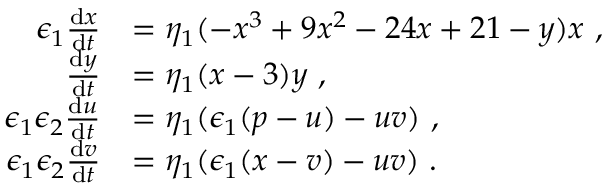
\begin{array} { r l } { \epsilon _ { 1 } \frac { \mathrm { d } x } { \mathrm { d } t } } & { = \eta _ { 1 } ( - x ^ { 3 } + 9 x ^ { 2 } - 2 4 x + 2 1 - y ) x \ , } \\ { \frac { \mathrm { d } y } { \mathrm { d } t } } & { = \eta _ { 1 } ( x - 3 ) y \ , } \\ { \epsilon _ { 1 } \epsilon _ { 2 } \frac { \mathrm { d } u } { \mathrm { d } t } } & { = \eta _ { 1 } ( \epsilon _ { 1 } ( p - u ) - u v ) \ , } \\ { \epsilon _ { 1 } \epsilon _ { 2 } \frac { \mathrm { d } v } { \mathrm { d } t } } & { = \eta _ { 1 } ( \epsilon _ { 1 } ( x - v ) - u v ) \ . } \end{array}